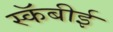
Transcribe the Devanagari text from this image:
स्कॅबीई